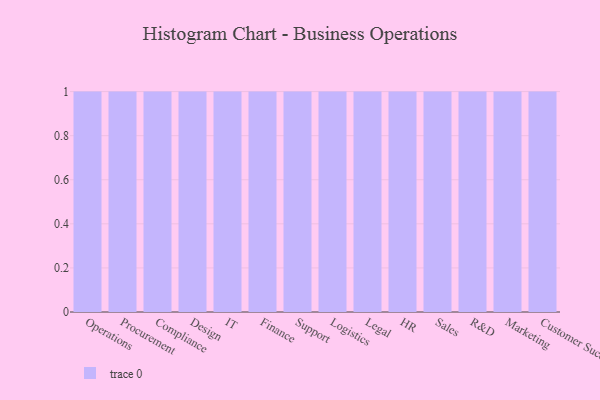
{"axis": {"x": "Department", "y": "Energy Usage (MWh)"}, "legend": [""], "data": [{"x": "Operations", "y": 72, "type": ""}, {"x": "Procurement", "y": 53, "type": ""}, {"x": "Compliance", "y": 79, "type": ""}, {"x": "Design", "y": 27, "type": ""}, {"x": "IT", "y": 84, "type": ""}, {"x": "Finance", "y": 34, "type": ""}, {"x": "Support", "y": 21, "type": ""}, {"x": "Logistics", "y": 57, "type": ""}, {"x": "Legal", "y": 92, "type": ""}, {"x": "HR", "y": 63, "type": ""}, {"x": "Sales", "y": 2, "type": ""}, {"x": "R&D", "y": 38, "type": ""}, {"x": "Marketing", "y": 73, "type": ""}, {"x": "Customer Success", "y": 59, "type": ""}]}